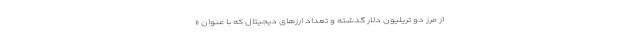
از مرز دو تریلیون دلار گذشته و تعداد ارزهای دیجیتال که با عنوان «